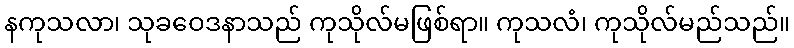
နကုသလာ၊ သုခဝေဒနာသည် ကုသိုလ်မဖြစ်ရာ။ ကုသလံ၊ ကုသိုလ်မည်သည်။